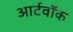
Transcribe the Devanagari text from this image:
आर्टवॉक